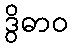
ဒွိဓာဝ